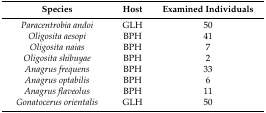
<table><thead><tr><td><b>Species</b></td><td><b>Host</b></td><td><b>Examined Individuals</b></td></tr></thead><tbody><tr><td><i>Paracentrobia andoi</i></td><td>GLH</td><td>50</td></tr><tr><td><i>Oligosita aesopi</i></td><td>BPH</td><td>41</td></tr><tr><td><i>Oligosita naias</i></td><td>BPH</td><td>7</td></tr><tr><td><i>Oligosita shibuyae</i></td><td>BPH</td><td>2</td></tr><tr><td><i>Anagrus frequens</i></td><td>BPH</td><td>33</td></tr><tr><td><i>Anagrus optabilis</i></td><td>BPH</td><td>6</td></tr><tr><td><i>Anagrus flaveolus</i></td><td>BPH</td><td>11</td></tr><tr><td><i>Gonatocerus orientalis</i></td><td>GLH</td><td>50</td></tr></tbody></table>